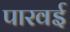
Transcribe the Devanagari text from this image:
पारवई